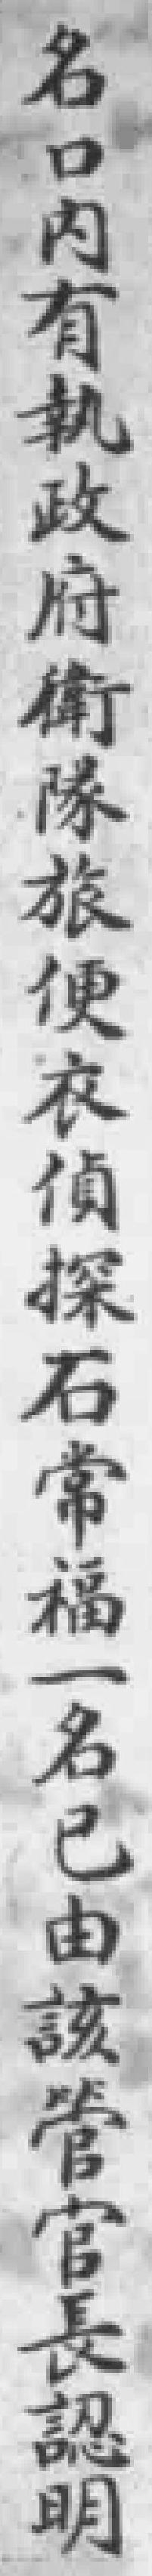
名口内有執政府衛隊旅便衣偵探石常福一名已由該管官長認明